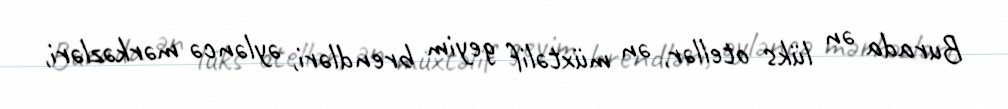
Burada ən lüks otellər, ən müxtəlif geyim brendləri, əyləncə mərkəzləri,